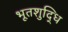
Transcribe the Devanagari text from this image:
भूतशुद्धि